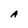
Character: A